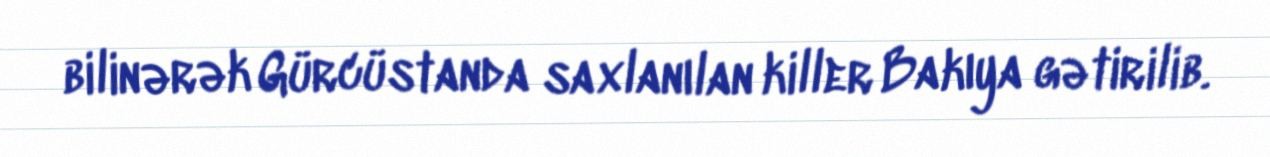
bilinərək Gürcüstanda saxlanılan killer Bakıya gətirilib.